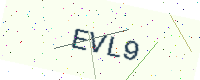
Text: EVL9